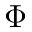
\Phi